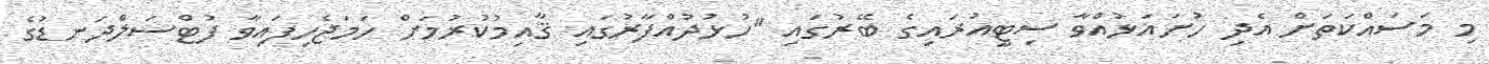
މި މަސައްކަތަށް އެދި ހުށައަޅުއްވާ ސިޓީއުރައިގެ ބޭރުގައި "ހުޅުދުއްފާރުގައި ޤާއިމުކުރުމަށް ހަމަޖެހިފައިވާ ފުޓްސަލްދަނޑުގެ